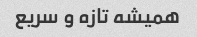
همیشه تازه و سریع